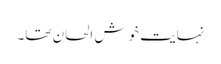
نہایت خوش الحان تھا۔